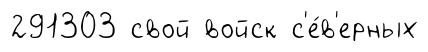
291303 свой войск с'е́в'ерных